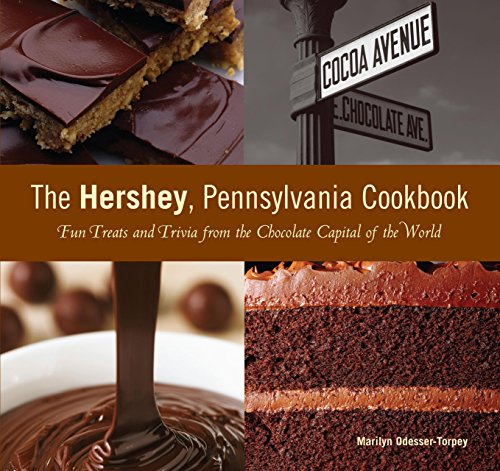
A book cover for Hershey, Pennsylvania Cookbook: Fun Treats And Trivia From The Chocolate Capital Of The World; Marilyn Odesser-Torpey; Cookbooks, Food & Wine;